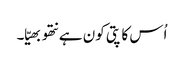
اُس کا پتی کون ہے نتھو بھیّا۔